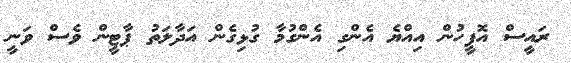
ރައީސް އޮފީހުން އިއްޔެ އެންގި އެންގުމާ ގުޅިގެން އަދާލަތު ޕާޓީން ވެސް ވަނީ